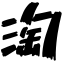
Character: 淘